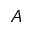
A